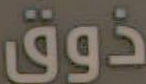
ذوق